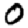
Digit: 0